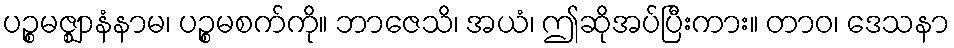
ပဉ္စမဇ္ဈာနံနာမ၊ ပဉ္စမစက်ကို။ ဘာဇေသိ၊ အယံ၊ ဤဆိုအပ်ပြီးကား။ တာဝ၊ ဒေသနာ